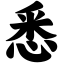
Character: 悉